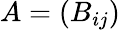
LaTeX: A=(B_{ij})